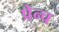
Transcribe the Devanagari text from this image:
प्रेन्च